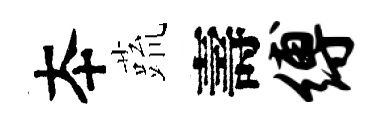
夲蔬壽缚